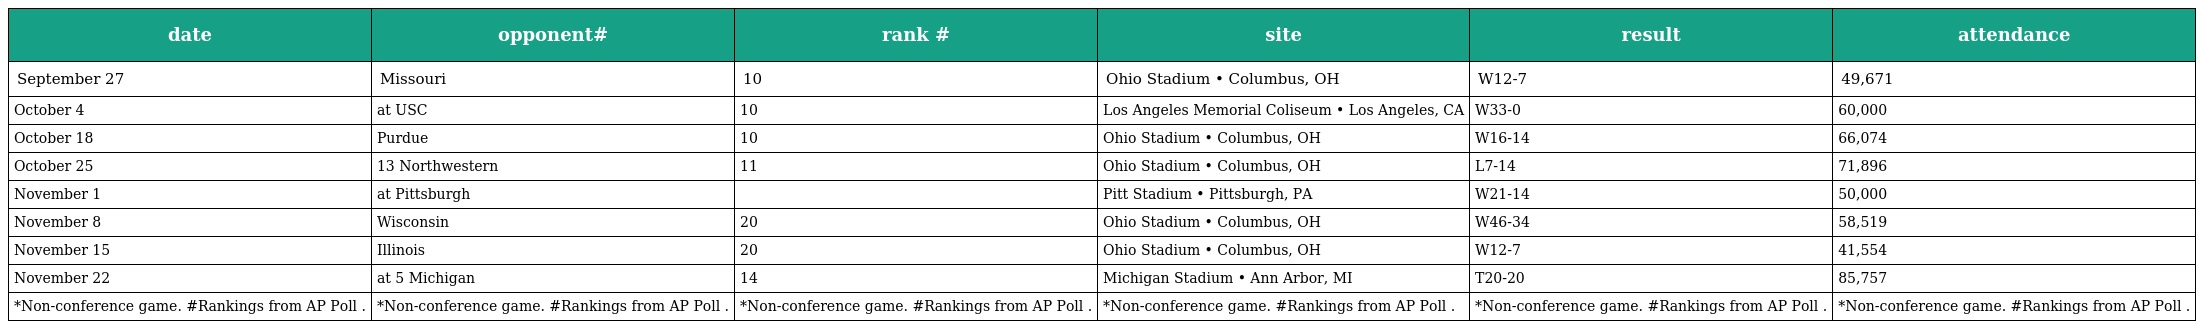
| date | opponent# | rank # | site | result | attendance |
 | --- | --- | --- | --- | --- | --- |
 | September 27 | Missouri | 10 | Ohio Stadium • Columbus, OH | W12-7 | 49,671 |
 | October 4 | at USC | 10 | Los Angeles Memorial Coliseum • Los Angeles, CA | W33-0 | 60,000 |
 | October 18 | Purdue | 10 | Ohio Stadium • Columbus, OH | W16-14 | 66,074 |
 | October 25 | 13 Northwestern | 11 | Ohio Stadium • Columbus, OH | L7-14 | 71,896 |
 | November 1 | at Pittsburgh |  | Pitt Stadium • Pittsburgh, PA | W21-14 | 50,000 |
 | November 8 | Wisconsin | 20 | Ohio Stadium • Columbus, OH | W46-34 | 58,519 |
 | November 15 | Illinois | 20 | Ohio Stadium • Columbus, OH | W12-7 | 41,554 |
 | November 22 | at 5 Michigan | 14 | Michigan Stadium • Ann Arbor, MI | T20-20 | 85,757 |
 | *Non-conference game. #Rankings from AP Poll . | *Non-conference game. #Rankings from AP Poll . | *Non-conference game. #Rankings from AP Poll . | *Non-conference game. #Rankings from AP Poll . | *Non-conference game. #Rankings from AP Poll . | *Non-conference game. #Rankings from AP Poll . |